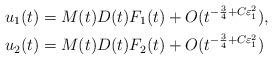
LaTeX: \begin{align*}& u_1 (t) = M(t) D(t) F_1(t) + O(t^{-\frac{3}{4} + C \varepsilon_1^2}), \\& u_2 (t) = M(t) D(t) F_2(t) + O(t^{-\frac{3}{4} + C \varepsilon_1^2}) \end{align*}